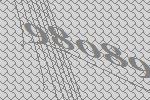
98089